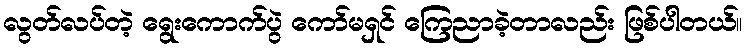
လွတ်လပ်တဲ့ ရွေးကောက်ပွဲ ကော်မရှင် ကြေညာခဲ့တာလည်း ဖြစ်ပါတယ်။